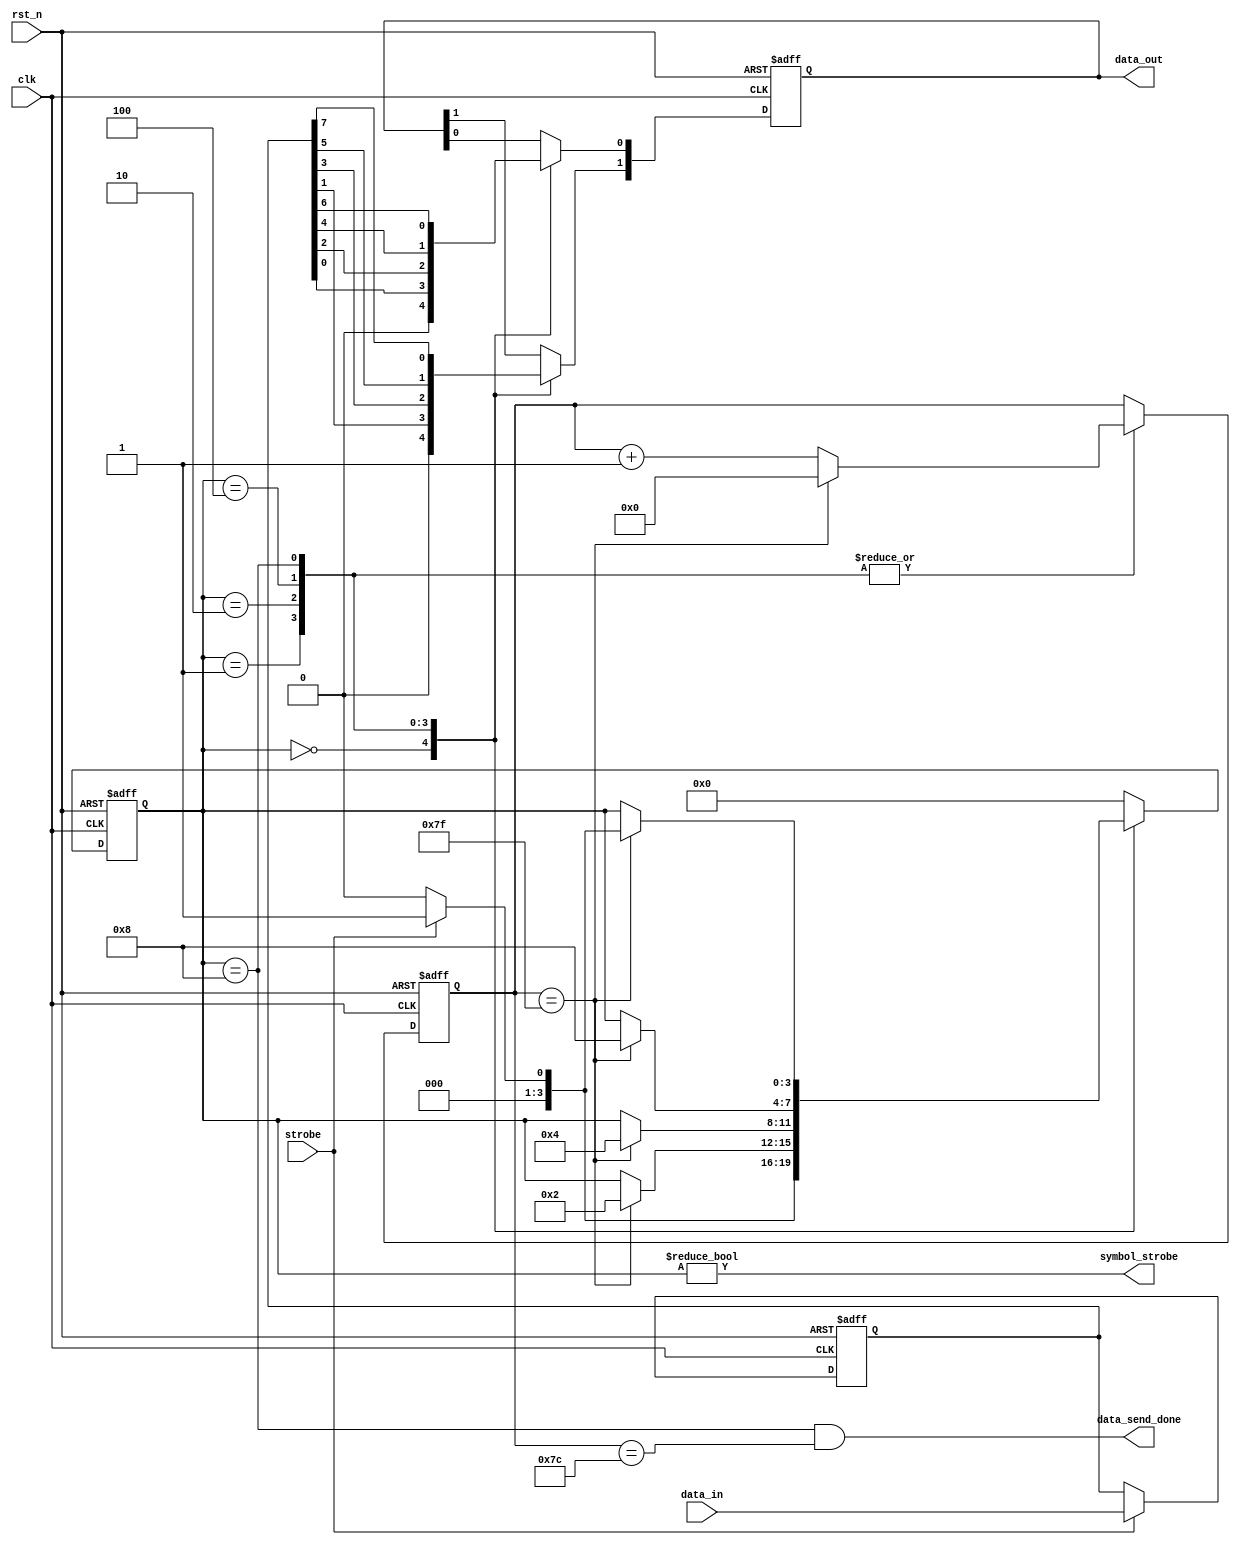
`timescale 1ns / 1ps
module shift_two(
    input            clk,
    input            rst_n,
    input [7:0]      data_in,
    input            strobe,
    output reg [1:0] data_out,
    output           symbol_strobe, // the signal to trigger ppm module
    output           data_send_done
    );

parameter IDLE = 4'b0000,
          s1   = 4'b0001,
          s2   = 4'b0010,
          s3   = 4'b0100,
          s4   = 4'b1000;

reg [3:0] st;
reg [7:0] dt;

always@(posedge clk or negedge rst_n) begin
    if(!rst_n)
        dt <= 8'b00000000;
    else if(strobe)
        dt <= data_in;
end

always@(posedge clk or negedge rst_n) begin
    if (!rst_n) begin
        data_out <= 2'b0;
    end
    else begin
        case(st)
            IDLE:begin
                 data_out[0]<=0;
                 data_out[1]<=0;
            end
            s1:begin
                 data_out[0]<=dt[0];
                 data_out[1]<=dt[1];
            end
            s2:begin
                 data_out[0]<=dt[2];
                 data_out[1]<=dt[3];
            end
            s3:begin
                 data_out[0]<=dt[4];
                 data_out[1]<=dt[5];
            end
            s4:begin
                 data_out[0]<=dt[6];
                 data_out[1]<=dt[7];
            end
        endcase
    end
end

reg [6:0] count;
always@(posedge clk or negedge rst_n) begin
    if(!rst_n) begin
        st <= IDLE;
        count <= 4'b0;
    end else
        case(st)
            IDLE:begin
                if(strobe)
                    st <= s1;
                else
                    st <= IDLE;
            end
            s1: begin
                if (count==7'b1111111) begin
                    st <= s2;
                    count <= 4'b0;
                end else
                    count <= count + 1;
            end
            s2: begin
                if (count==7'b1111111) begin
                    st <= s3;
                    count <= 4'b0;
                end else
                    count <= count + 1;
            end
            s3: begin
                if (count==7'b1111111) begin
                    st <= s4;
                    count <= 4'b0;
                end else
                    count <= count + 1;
            end
            s4: begin
                if (count==7'b1111111) begin
                    if (strobe)
                        st <= s1;
                    else
                        st <= IDLE;
                    count <= 4'b0;
                end else
                    count <= count + 1;
            end
            default: st <= IDLE;
        endcase
end
assign symbol_strobe = (st != IDLE);
// the next module need 2 clk to read memory, so the done signal need ealy appear!
assign data_send_done = (st==s4)&&(count==7'b1111100);
endmodule